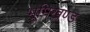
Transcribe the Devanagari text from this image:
भूमिखण्ड